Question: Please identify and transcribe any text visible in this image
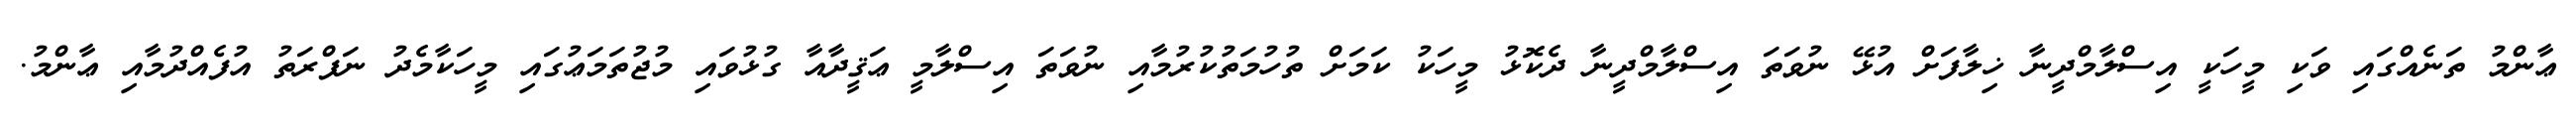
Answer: ޢާންމު ތަނެއްގައި ވަކި މީހަކީ އިސްލާމްދީނާ ޚިލާފަށް އުޅޭ ނުވަތަ އިސްލާމްދީނާ ދެކޮޅު މީހަކު ކަމަށް ތުހުމަތުކުރުމާއި ނުވަތަ އިސްލާމީ ޢަޤީދާއާ ގުޅުވައި މުޖުތަމަޢުގައި މީހަކާމެދު ނަފްރަތު އުފެއްދުމާއި ޢާންމު.